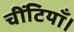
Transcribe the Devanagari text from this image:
चींटियाँ।